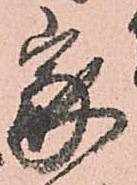
家